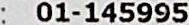
: 01-145995